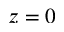
z = 0